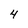
Character: 4